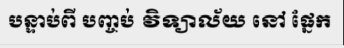
បន្ទាប់ពី បញ្ចប់ វិទ្យាល័យ នៅ ផ្នែក